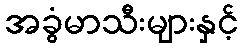
အခွံမာသီးများနှင့်